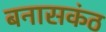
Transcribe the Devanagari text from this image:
बनासकंठ